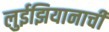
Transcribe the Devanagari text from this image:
लुईझियानाची